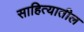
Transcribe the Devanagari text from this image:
साहित्‍यातील